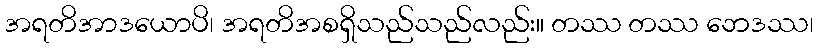
အရတိအာဒယောပိ၊ အရတိအစရှိသည်သည်လည်း။ တဿ တဿ ဘေဒဿ၊